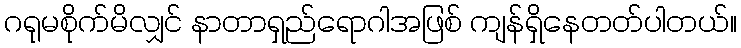
ဂရုမစိုက်မိလျှင် နာတာရှည်ရောဂါအဖြစ် ကျန်ရှိနေတတ်ပါတယ်။